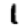
Digit: 1